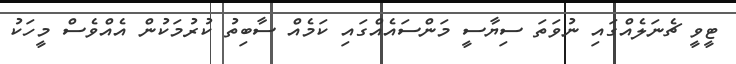
ޓީވީ ޗެނަލެއްގައި ނުވަތަ ސިޔާސީ މަންސައެއްގައި ކަމެއް ސާބިތު ކުރުމަކުން އެއްވެސް މީހަކު